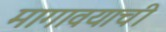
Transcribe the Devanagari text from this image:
मागावयाची